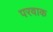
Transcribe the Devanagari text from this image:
परवाक